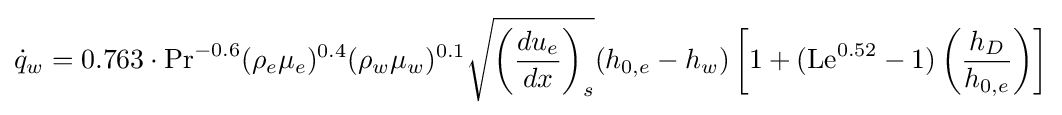
{\dot {q}}_{w}=0.763\cdot {\text{Pr}}^{-0.6}(\rho _{e}\mu _{e})^{0.4}(\rho _{w}\mu _{w})^{0.1}{\sqrt {\left({\frac {du_{e}}{dx}}\right)_{s}}}(h_{0,e}-h_{w})\left[1+({\text{Le}}^{0.52}-1)\left({\frac {h_{D}}{h_{0,e}}}\right)\right]